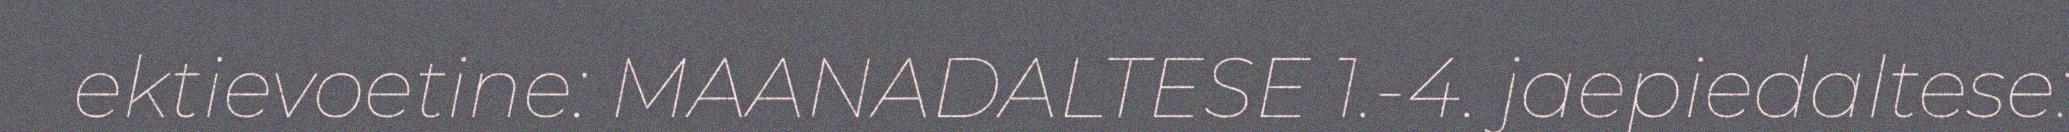
ektievoetine: MAANADALTESE 1.-4. jaepiedaltese: